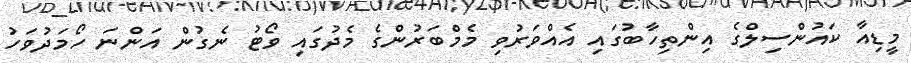
މީޑިއާ ކައުންސިލްގެ އިންތިހާބުގައި އެއްވަރުވި މެމްބަރުންގެ މެދުގައި ވޯޓު ނެގުން އަންނަ ހޯމަދުވަހު